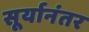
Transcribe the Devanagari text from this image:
सूर्यानंतर